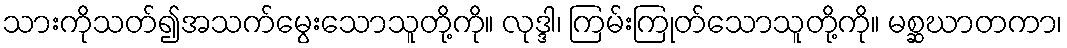
သားကိုသတ်၍အသက်မွေးသောသူတို့ကို။ လုဒ္ဒါ၊ ကြမ်းကြုတ်သောသူတို့ကို။ မစ္ဆဃာတကာ၊